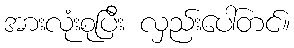
အားလုံးစုပြီး လှည်းပေါ်တင်။